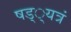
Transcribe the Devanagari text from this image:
षड््यत्रं